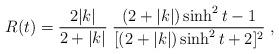
LaTeX: \begin{align*}R(t)=\frac{2|k|}{2+|k|}\; \frac{(2+|k|)\sinh^2 t-1}{[(2+|k|)\sinh^2 t +2]^2} \; ,\end{align*}